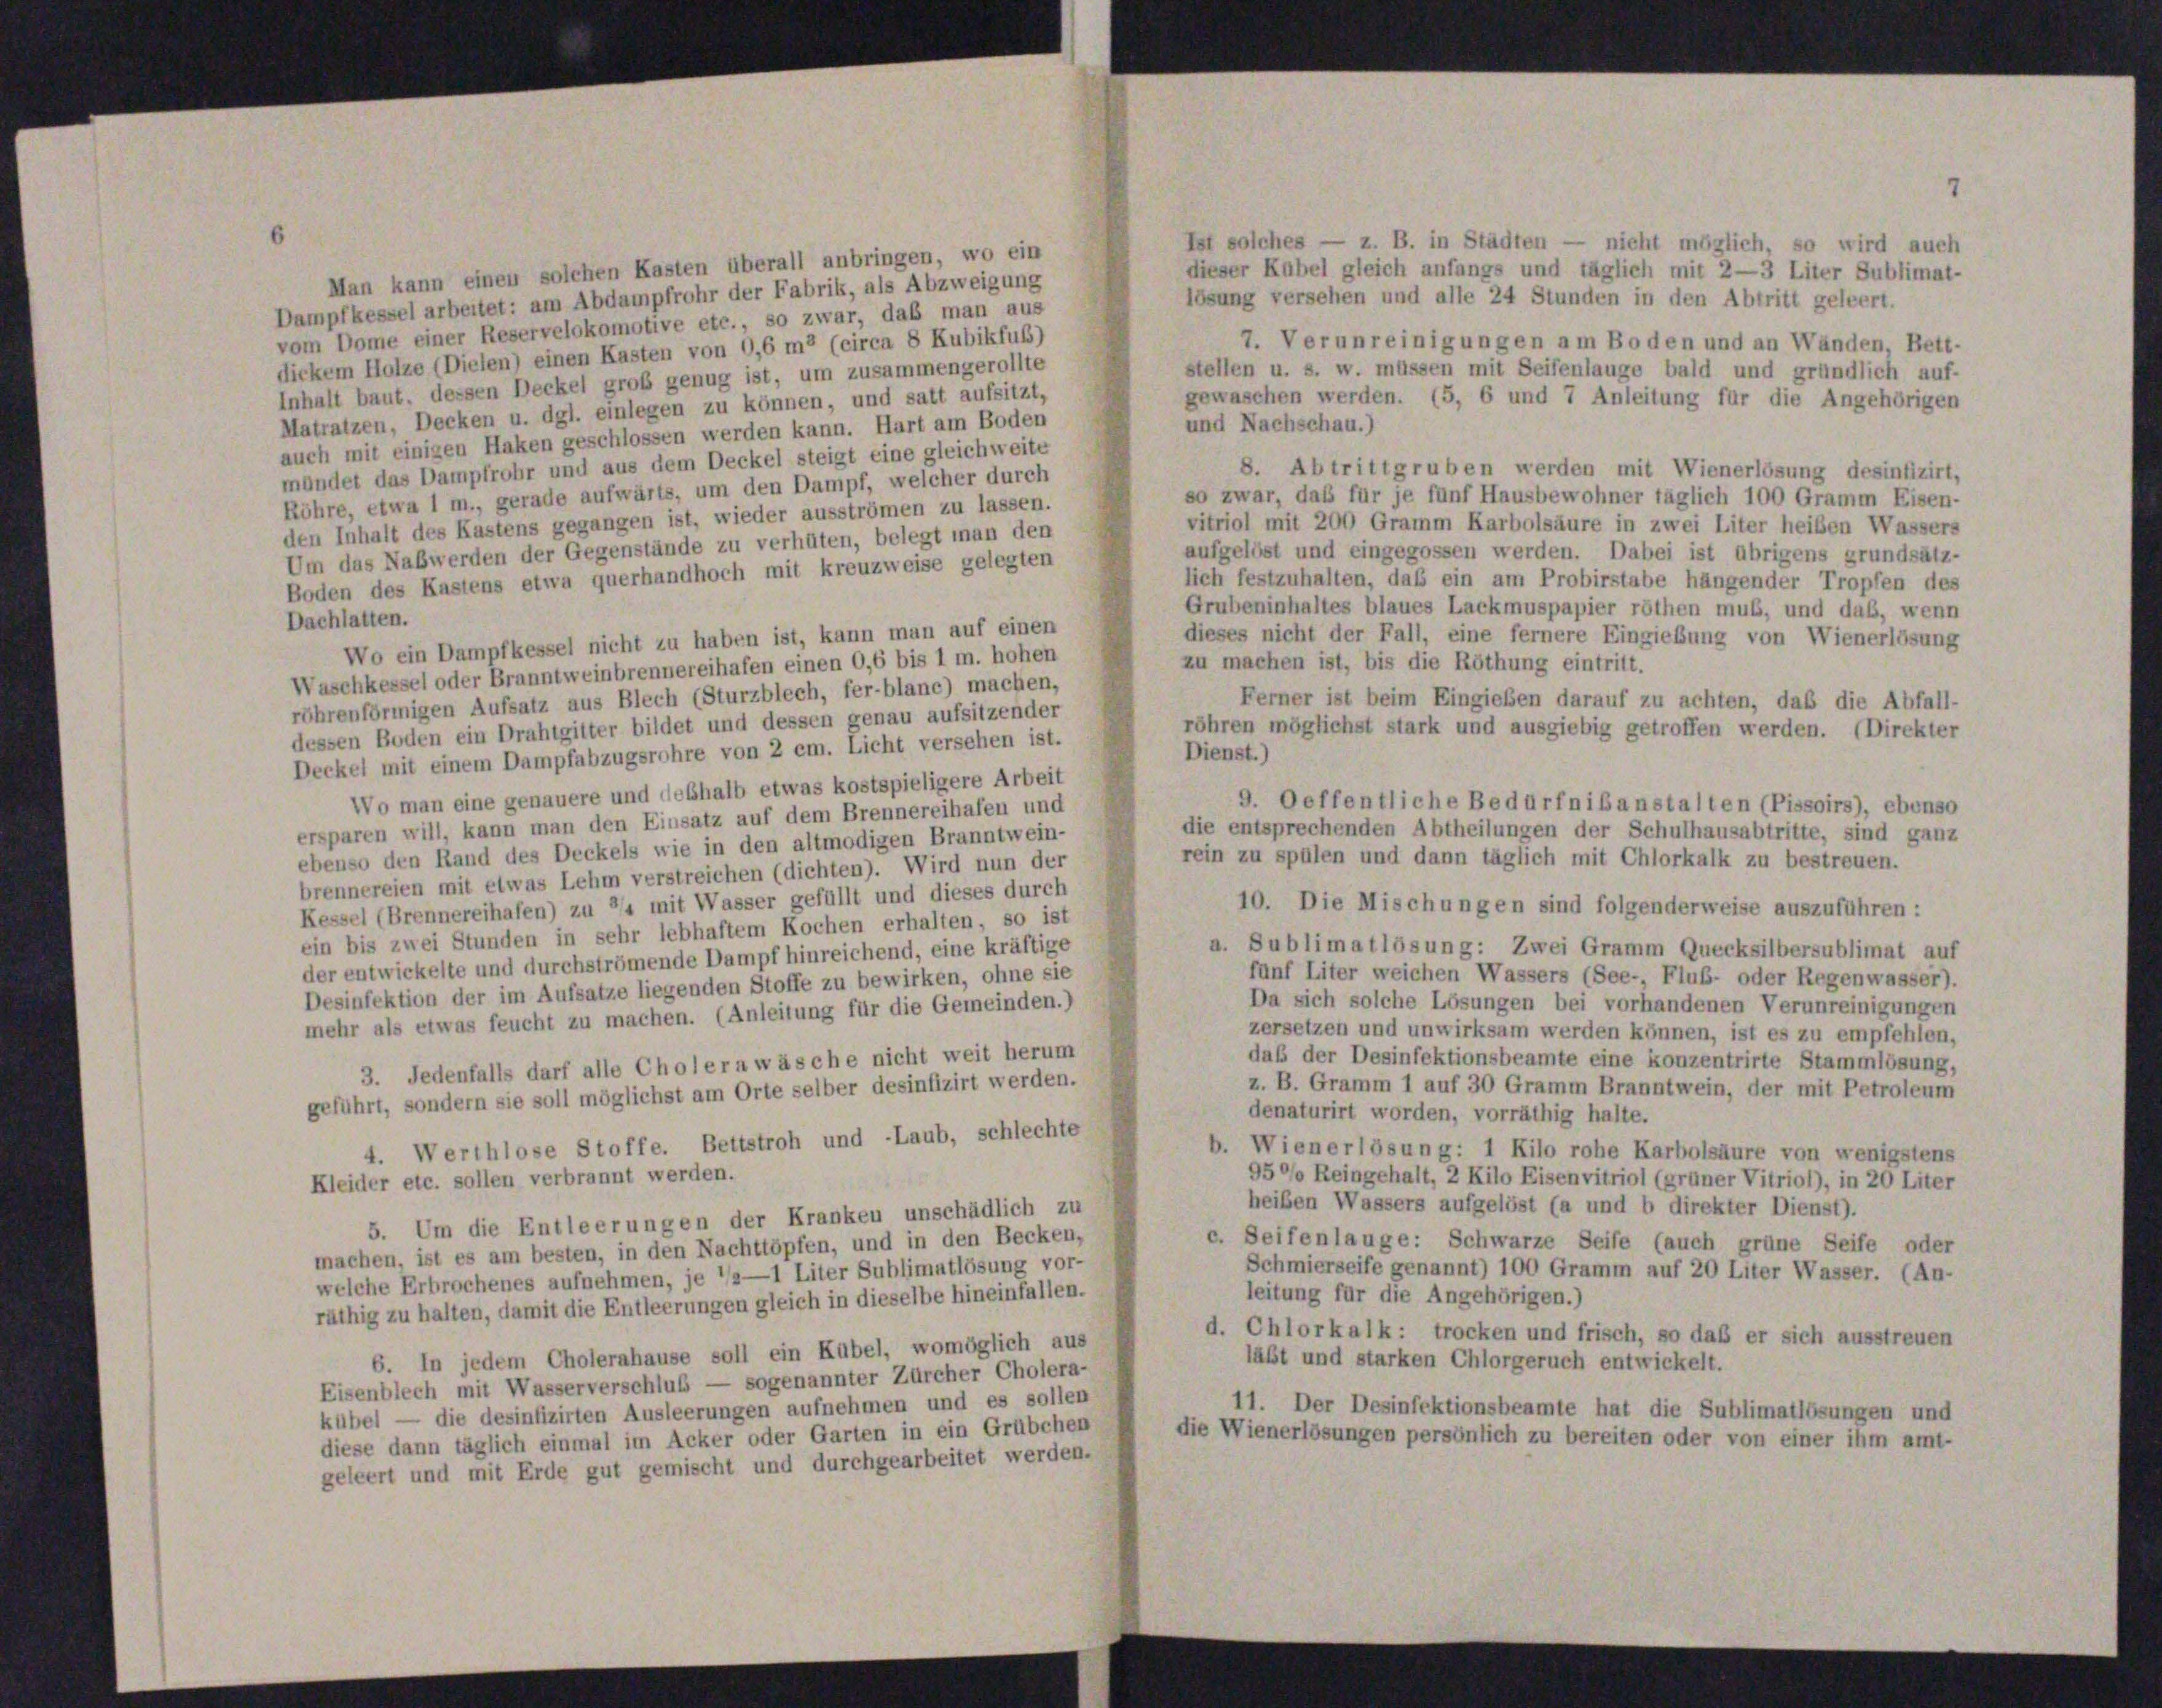
Man kann einen solchen Kasten überall anbringen, wo ein
Dampfkessel arbeitet: am Abdampfrohr der Fabrik, als Abzweigung
vom Dome einer Reservelokomotive etc., so zwar, daß man aus
7. Verunreinigungen am Boden und an Wänden, Bett-
dickem Holze (Dielen) einen Kasten von 0,6 m (circa 8 Kubikfußs)
stellen u. s. w. müssen mit Seifenlange bald und gründlich auf-
Inhalt baut, dessen Deckel groß genug ist, um zusammengerollte
gewaschen werden. (5, 6 und 7 Anleitung für die Angehörigen
Matratzen, Decken u. dgl. einlegen zu können, und satt aufsitzt,
und Nachschau.)
auch mit einigen Haken geschlossen werden kann. Hart am Boden
mündet das Dampfrohr und aus dem Deckel steigt eine gleichweite
8. Abtrittgruben werden mit Wienerlösung desinfizirt,
Röhre, etwa 1 m., gerade aufwärts, um den Dampf, welcher durch
so zwar, das für je fünf Hausbewohner täglich 100 Gramm Eisen-
den Inhalt des Kastens gegangen ist, wieder ausströmen zu lassen.
vitriol mit 200 Gramm Karbolsäure in zwei Liter heiben Wassers
Um das Nabwerden der Gegenstände zu verhüten, belegt man den
aufgelöst und eingegossen werden. Dabei ist übrigens grundsätz-
Boden des Kastens etwa querhandhoch mit kreuzweise gelegten
lich festzuhalten, das ein am Probirstabe hängender Tropfen des
Grubeninhaltes blaues Lackmuspapier röthen muß, und daß, wenn
Dachlatten.
dieses nicht der Fall, eine fernere Eingiebung von Wienerlösung
Wo ein Dampfkessel nicht zu haben ist, kann man auf einen
zu machen ist, bis die Röthung eintritt.
Waschkessel oder Branntweinbrennereihafen einen 0,6 bis 1 m. hohen
röhrenförmigen Aufsatz aus Blech (Sturzblech, fer-blanc) machen,
Ferner ist beim Eingießen darauf zu achten, daß die Abfall-
dessen Boden ein Drahtgitter bildet und dessen genau aufsitzender
röhren möglichst stark und ausgiebig getroffen werden. (Direkter
Dienst.)
Deckel mit einem Dampfabzugsrohre von 2 cm. Licht versehen ist.
Wo man eine genauere und deßhalb etwas kostspieligere Arbeit
9. Oeffentliche Bedürfnibanstalten (Pissoirs), ebenso
ersparen will, kann man den Einsatz auf dem Brennereihafen und
die entsprechenden Abtheilungen der Schulhausabtritte, sind ganz
ebenso den Rand des Deckels wie in den altmodigen Branntwein-
rein zu spülen und dann täglich mit Chlorkalk zu bestreuen.
brennereien mit etwas Lehm verstreichen (dichten). Wird nun der
Kessel (Brennereihafen) zu 4 mit Wasser gefüllt und dieses durch
10. Die Mischungen sind folgenderweise auszuführen :
ein bis zwei Stunden in sehr lebhaftem Kochen erhalten, so ist
a. Sublimatlösung: Zwei Gramm Quecksilbersublimat auf
der entwickelte und durchströmende Dampf hinreichend, eine kräftige
fünf Liter weichen Wassers (See- Flub- oder Regenwasser).
Desinfektion der im Aufsatze liegenden Stoffe zu bewirken, ohne sie
Da sich solche Lösungen bei vorhandenen Verunreinigungen
mehr als etwas feucht zu machen. (Anleitung für die Gemeinden.)
zersetzen und unwirksam werden können, ist es zu empfehlen,
daß der Desinfektionsbeamte eine konzentrirte Stammlösung,
3. Jedenfalls darf alle Cholera wäsche nicht weit herum
z. B. Gramm 1 auf 30 Gramm Branntwein, der mit Petroleum
geführt, sondern sie soll möglichst am Orte selber desinfizirt werden.
denaturirt worden, vorräthig halte.
4. Werthlose Stoffe. Bettstroh und -Laub, schlechte
b. Wienerlösung: 1 Kilo rohe Karbolsäure von wenigstens
95°/o Reingehalt, 2 Kilo Eisenvitriol (grüner Vitriol), in 20 Liter
Kleider etc. sollen verbrannt werden.
heiben Wassers aufgelöst (a und b direkter Dienst).
5. Um die Entleerungen der Kranken unschädlich zu
c. Seifenlauge: Schwarze Seife (auch grüne Seife oder
machen, ist es am besten, in den Nachttöpfen, und in den Becken,
Schmierseife genannt) 100 Gramm auf 20 Liter Wasser. (An-
welche Erbrochenes aufnehmen, je 12—1 Liter Sublimatlösung vor-
leitung für die Angehörigen.)
räthig zu halten, damit die Entleerungen gleich in dieselbe hineinfallen.
d. Chlorkalk: trocken und frisch, so daß er sich ausstreuen
6. In jedem Cholerahause soll ein Kübel, womöglich aus
läßt und starken Chlorgeruch entwickelt.
Eisenblech mit Wasserverschlus — sogenannter Zürcher Cholera-
11. Der Desinfektionsbeamte hat die Sublimatlösungen und
kübel — die desinfizirten Ausleerungen aufnehmen und es sollen
die Wienerlösungen persönlich zu bereiten oder von einer ihm amt-
diese dann täglich einmal im Acker oder Garten in ein Grübchen
geleert und mit Erde gut gemischt und durchgearbeitet werden.

Ist solches — z. B. in Städten — nicht möglich, so wird auch
dieser Kübel gleich anfangs und täglich mit 2—3 Liter Sublimat-
lösung versehen und alle 24 Stunden in den Abtritt geleert.